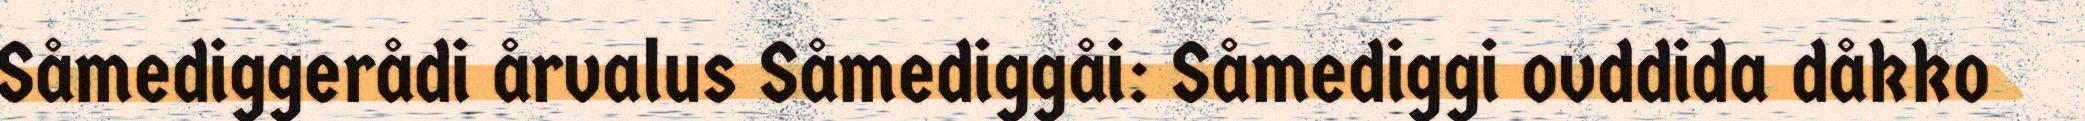
Såmediggerådi årvalus Såmediggåi: Såmediggi ovddida dåkko